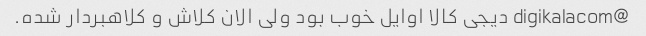
@digikalacom دیجی کالا اوایل خوب بود ولی الان کلاش و کلاهبردار شده.